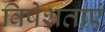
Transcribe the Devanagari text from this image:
विषेशताएं